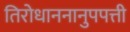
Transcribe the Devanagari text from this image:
तिरोधाननानुपपत्ती